Indian journal of veterinary science and animal husbandry - Volumes 28-29, 1958-1959
Year: 1958
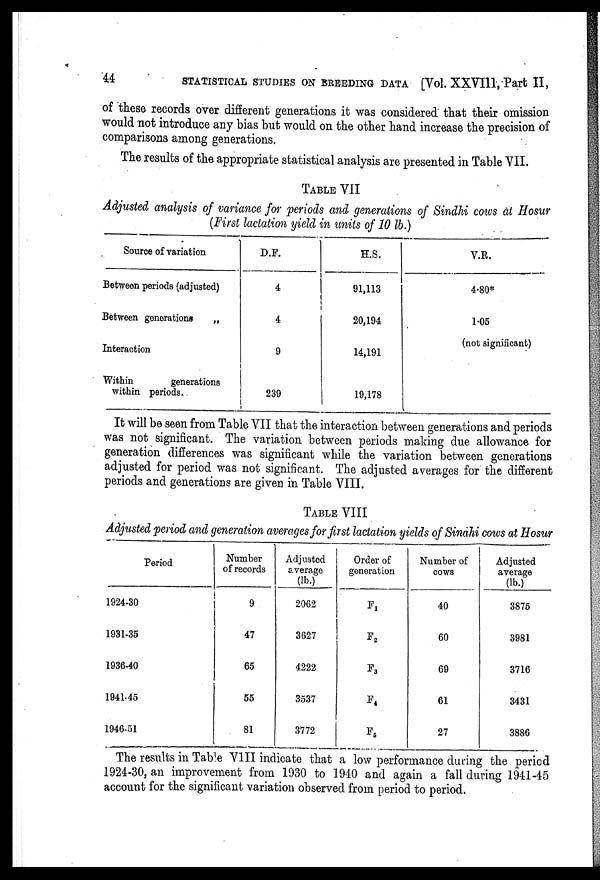
44
STATISTICAL STUDIES ON BREEDING DATA [Vol. XXVIII, Part II,
of these records over different generations it was considered that their omission
would not introduce any bias but would on the other hand increase the precision of
comparisons among generations.
The results of the appropriate statistical analysis are presented in Table VII.
TABLE VII
Adjusted analysis of variance for periods and generations of Sindhi cows at Hosur
(First lactation yield in units of 10 lb.)
Source of variation
Between periods (adjusted)
Between generations
„
Interaction
Within
generations
within periods.
D.F.
4
4
9
239
H.S.
91,113
20,194
14,191
19,178
V.R.
4.80*
1.05
(not significant)
It will be seen from Table VII that the interaction between generations and periods
was not significant. The variation between periods making due allowance for
generation differences was significant while the variation between generations
adjusted for period was not significant. The adjusted averages for the different
periods and generations are given in Table VIII.
TABLE VIII
Adjusted period and generation averages for first lactation yields of Sindhi cows at Hosur
Period
1924-30
1931-35
1936-40
1941-45
1946-51
Number
of records
9
47
65
55
81
Adjusted
average
(lb.)
2062
3627
4222
3537
3772
Order of
generation
F1
F 2
F3
F 4
F5
Number of
cows
40
60
69
61
27
Adjusted
average
(lb.)
3875
3981
3716
3431
3886
The results in Table VIII indicate that a low performance during the period
1924-30, an improvement from 1930 to 1940 and again a fall during 1941-45
account for the significant variation observed from period to period.